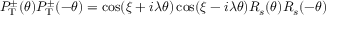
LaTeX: P _ { \mathrm { T } } ^ { \pm } ( \theta ) P _ { \mathrm { T } } ^ { \pm } ( - \theta ) = \cos ( \xi + i \lambda \theta ) \cos ( \xi - i \lambda \theta ) R _ { s } ( \theta ) R _ { s } ( - \theta )